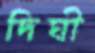
দিঘী